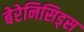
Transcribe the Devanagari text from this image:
बेरेनिसिड्स